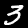
Digit: 3